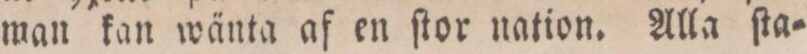
man kan wänta af en ſtor nation. Alla ſta=